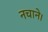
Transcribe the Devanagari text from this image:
नचाने।